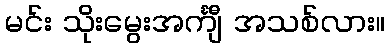
မင်း သိုးမွေးအင်္ကျီ အသစ်လား။